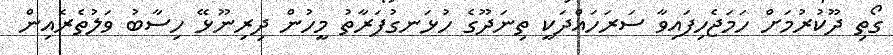
ގޯތި ދޫކުރުމަށް ހަމަޖެހިފައިވާ ސަރަހައްދަކީ ތިނަދޫގެ ހުޅަނގުފަރާތު މީހުން ދިރިނޫޅޭ ހިސާބު ވަލުތެރެއިން